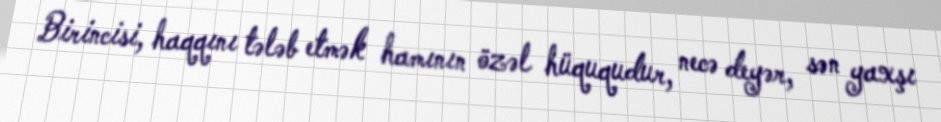
Birincisi, haqqını tələb etmək hamının özəl hüququdur, necə deyər, sən yaxşı